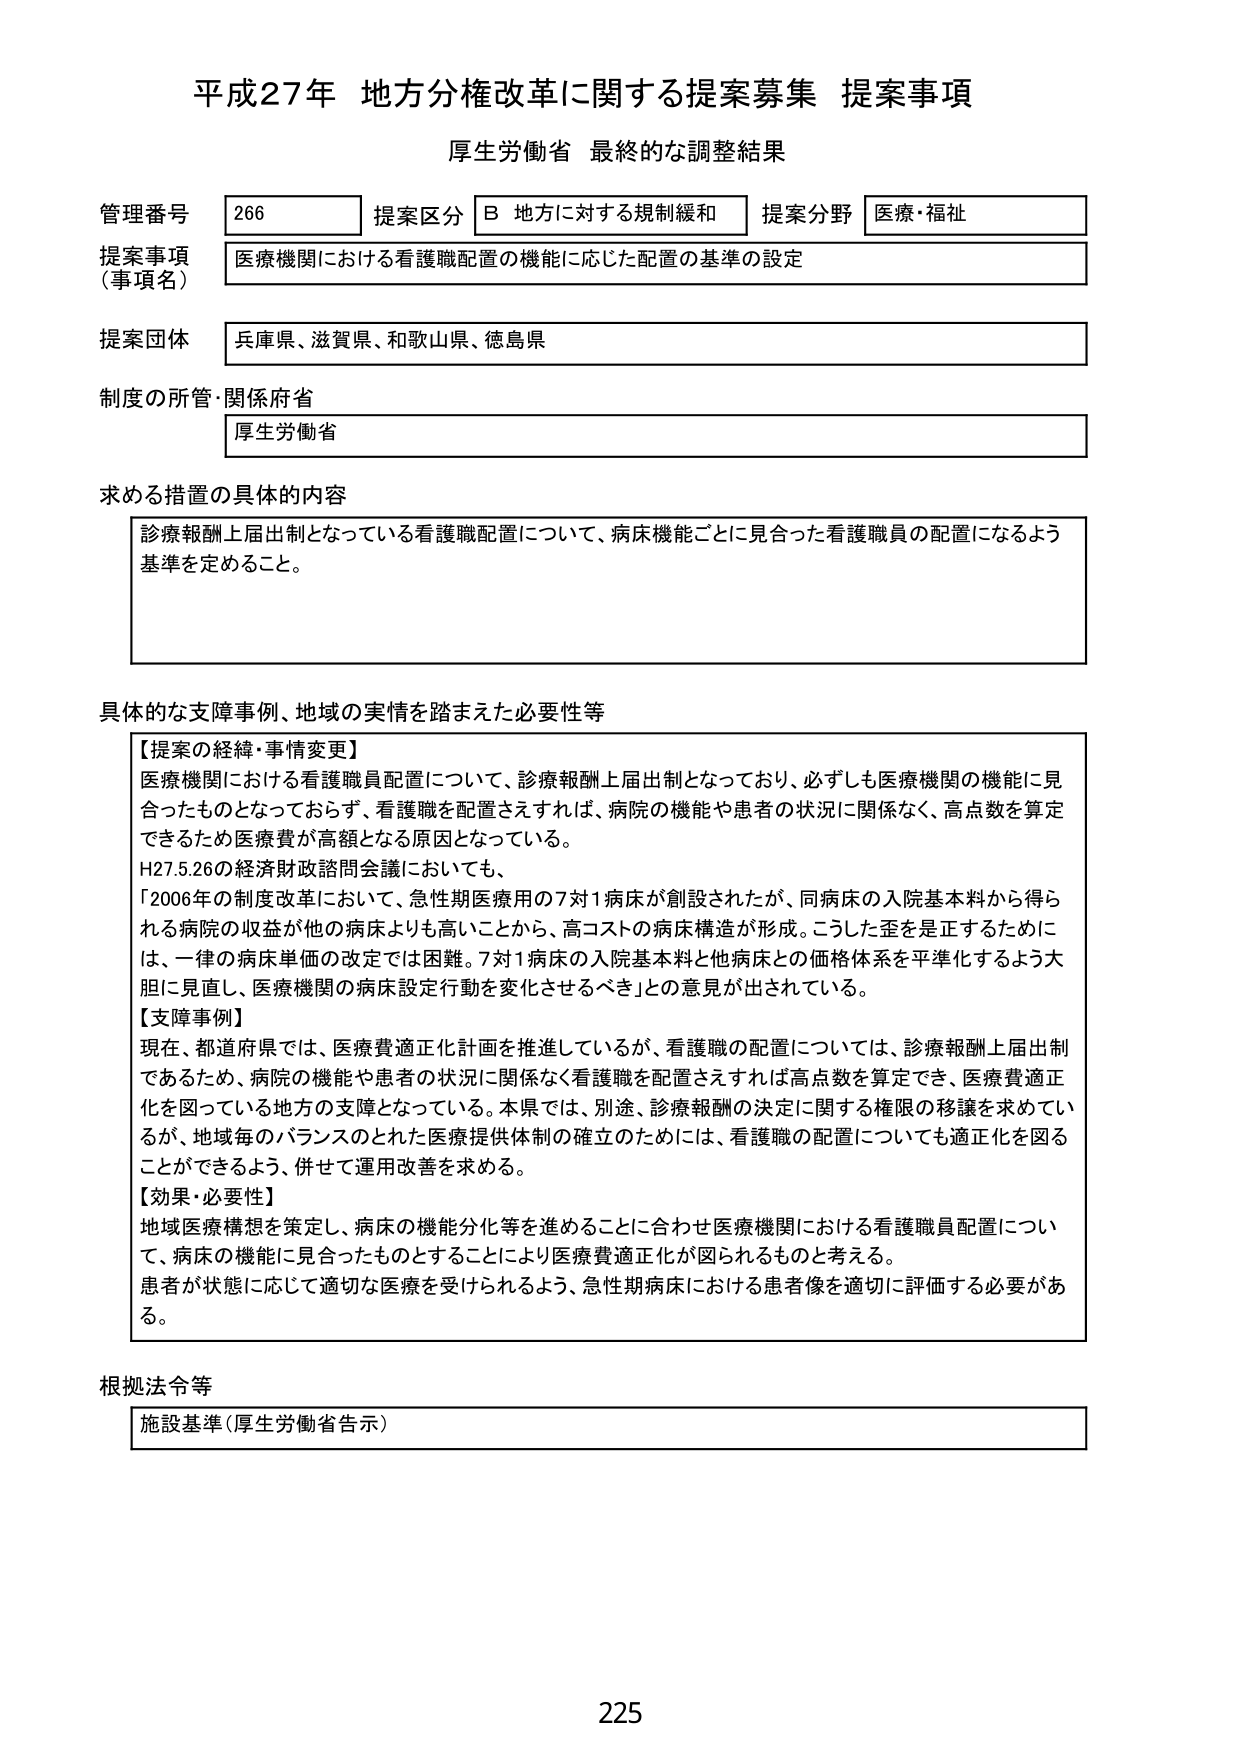
平成27年 地方分権改革に関する提案募集 提案事項
厚生労働省 最終的な調整結果

管理番号 266 提案区分 B 地方に対する規制緩和 提案分野 医療・福祉
提案事項（事項名） 医療機関における看護職配置の機能に応じた配置の基準の設定
提案団体 兵庫県、滋賀県、和歌山県、徳島県
制度の所管・関係府省 厚生労働省

求める措置の具体的内容
診療報酬上届出制となっている看護職配置について、病床機能ごとに見合った看護職員の配置になるよう基準を定めること。

具体的な支障事例、地域の実情を踏まえた必要性等
【提案の経緯・事情変更】
医療機関における看護職員配置について、診療報酬上届出制となっており、必ずしも医療機関の機能に見合ったものとなっておらず、看護職を配置さえすれば、病院の機能や患者の状況に関係なく、高点数を算定できるため医療費が高額となる原因となっている。
H27.5.26の経済財政諮問会議においても、
「2006年の制度改革において、急性期医療用の7対1病床が創設されたが、同病床の入院基本料から得られる病院の収益が他の病床よりも高いことから、高コストの病床構造が形成。こうした歪を是正するために、一律の病床単価の改定では困難。7対1病床の入院基本料と他病床との価格体系を平準化するよう大胆に見直し、医療機関の病床設定行動を変化させるべき」との意見が出されている。
【支障事例】
現在、都道府県では、医療費適正化計画を推進しているが、看護職の配置については、診療報酬上届出制であるため、病院の機能や患者の状況に関係なく看護職を配置さえすれば高点数を算定でき、医療費適正化を図っている地方の支障となっている。本県では、別途、診療報酬の決定に関する権限の移譲を求めているが、地域毎のバランスのとれた医療提供体制の確立のためには、看護職の配置についても適正化を図ることができるよう、併せて運用改善を求める。
【効果・必要性】
地域医療構想を策定し、病床の機能分化等を進めることに合わせ医療機関における看護職員配置について、病床の機能に見合ったものとすることにより医療費適正化が図られるものと考える。
患者が状態に応じて適切な医療を受けられるよう、急性期病床における患者像を適切に評価する必要がある。

根拠法令等
施設基準（厚生労働省告示）

225